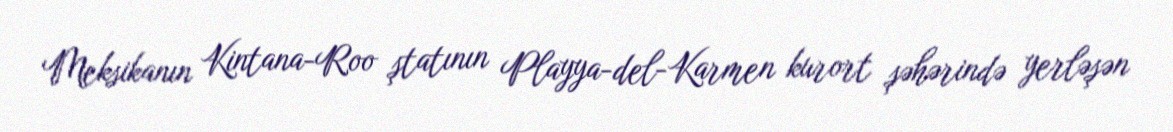
Meksikanın Kintana-Roo ştatının Playya-del-Karmen kurort şəhərində yerləşən